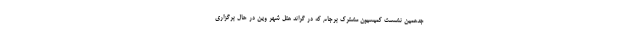
جدهمین نشست کمیسیون مشترک برجام که در گراند هتل شهر وین در حال برگزاری